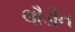
લૌડૌન